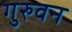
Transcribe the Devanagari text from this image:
गुरुवन